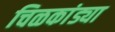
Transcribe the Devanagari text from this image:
चिळकांड्या